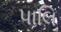
પાલિ